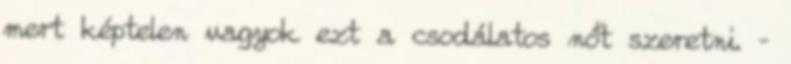
mert képtelen vagyok ezt a csodálatos nőt szeretni. –